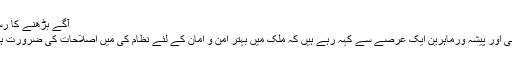
آگے بڑھنے کا رستہ
آئینی اور پیشہ ورماہرین ایک عرصے سے کہہ رہے ہیں کہ ملک میں بہتر امن و امان کے لئے نظام کی میں اصلاحات کی ضرورت ہے۔